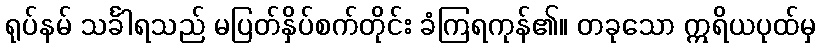
ရုပ်နမ် သင်္ခါရသည် မပြတ်နှိပ်စက်တိုင်း ခံကြရကုန်၏။ တခုသော ဣရိယပုထ်မှ